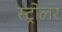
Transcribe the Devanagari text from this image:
स्ट्रोलर